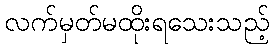
လက်မှတ်မထိုးရသေးသည့်